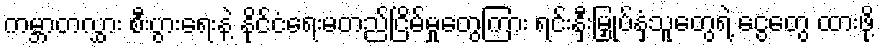
ကမ္ဘာတလွှား စီးပွားရေးနဲ့ နိုင်ငံရေးမတည်ငြိမ်မှုတွေကြား ရင်းနှီးမြှုပ်နှံသူတွေရဲ့ ငွေတွေ ထားဖို့